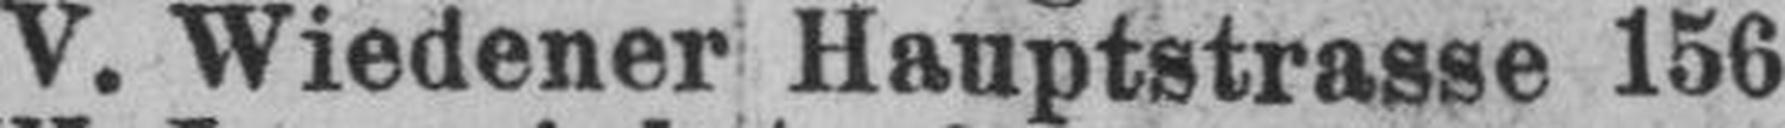
V. Wiedener Hauptstrasse 156